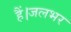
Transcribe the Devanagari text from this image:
हैं।जलभर